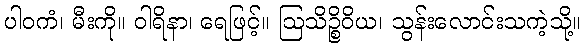
ပါဝကံ၊ မီးကို။ ဝါရိနာ၊ ရေဖြင့်။ ဩသိဉ္စိဝိယ၊ သွန်းလောင်းသကဲ့သို့။